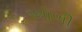
ઓળી